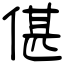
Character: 偡